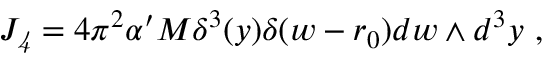
J _ { \it 4 } = 4 \pi ^ { 2 } \alpha ^ { \prime } M \delta ^ { 3 } ( y ) \delta ( w - r _ { 0 } ) d w \wedge d ^ { 3 } y \ ,